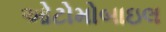
ઓટોમોબાઇલ